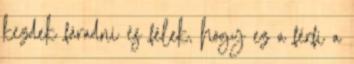
kezdek fáradni és félek, hogy ez a férfi a